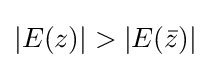
|E(z)|>|E({\bar {z}})|